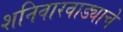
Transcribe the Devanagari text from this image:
शनिवारवाड्याचे